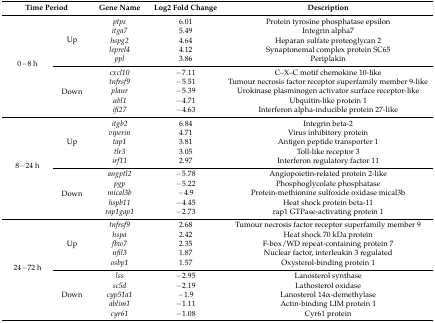
<table><thead><tr><td colspan="2"><b>Time Period</b></td><td><b>Gene Name</b></td><td><b>Log2 Fold Change</b></td><td><b>Description</b></td></tr></thead><tbody><tr><td rowspan="10">0−8 h</td><td rowspan="5">Up</td><td><i>ptp</i><i>ε</i></td><td>6.01</td><td>Protein tyrosine phosphatase epsilon</td></tr><tr><td><i>itga7</i></td><td>5.49</td><td>Integrin alpha7</td></tr><tr><td><i>hspg2</i></td><td>4.64</td><td>Heparan sulfate proteoglycan 2</td></tr><tr><td><i>leprel4</i></td><td>4.12</td><td>Synaptonemal complex protein SC65</td></tr><tr><td><i>ppl</i></td><td>3.86</td><td>Periplakin</td></tr><tr><td rowspan="5">Down</td><td><i>cxcl10</i></td><td>−7.11 </td><td>C–X–C motif chemokine 10-like</td></tr><tr><td><i>tnfrsf9</i></td><td>−5.51 </td><td>Tumour necrosis factor receptor superfamily member 9-like</td></tr><tr><td><i>plaur</i></td><td>−5.39 </td><td>Urokinase plasminogen activator surface receptor-like</td></tr><tr><td><i>ubl1</i></td><td>−4.71 </td><td>Ubquitin-like protein 1</td></tr><tr><td><i>ifi27</i></td><td>−4.63 </td><td>Interferon alpha-inducible protein 27-like</td></tr><tr><td rowspan="10">8−24 h</td><td rowspan="5">Up</td><td><i>itgb2</i></td><td>6.84</td><td>Integrin beta-2</td></tr><tr><td><i>viperin</i></td><td>4.71</td><td>Virus inhibitory protein</td></tr><tr><td><i>tap1</i></td><td>3.81</td><td>Antigen peptide transporter 1</td></tr><tr><td><i>tlr3</i></td><td>3.05</td><td>Toll-like receptor 3</td></tr><tr><td><i>irf11</i></td><td>2.97</td><td>Interferon regulatory factor 11</td></tr><tr><td rowspan="5">Down</td><td><i>angptl2</i></td><td>−5.78</td><td>Angiopoietin-related protein 2-like</td></tr><tr><td><i>pgp</i></td><td>−5.22</td><td>Phosphoglycolate phosphatase</td></tr><tr><td><i>mical3b</i></td><td>−4.9</td><td>Protein-methionine sulfoxide oxidase mical3b</td></tr><tr><td><i>hspb11</i></td><td>−4.45</td><td>Heat shock protein beta-11</td></tr><tr><td><i>rap1gap1</i></td><td>−2.73</td><td>rap1 GTPase-activating protein 1</td></tr><tr><td rowspan="10">24−72 h</td><td rowspan="5">Up</td><td><i>tnfrsf9</i></td><td>2.68</td><td>Tumour necrosis factor receptor superfamily member 9</td></tr><tr><td><i>hspa</i></td><td>2.42</td><td>Heat shock 70 kDa protein</td></tr><tr><td><i>fbw7</i></td><td>2.35</td><td>F-box/WD repeat-containing protein 7</td></tr><tr><td><i>nfil3</i></td><td>1.87</td><td>Nuclear factor, interleukin 3 regulated</td></tr><tr><td><i>osbp1</i></td><td>1.57</td><td>Oxysterol-binding protein 1</td></tr><tr><td rowspan="5">Down</td><td><i>lss</i></td><td>−2.95</td><td>Lanosterol synthase</td></tr><tr><td><i>sc5d</i></td><td>−2.19</td><td>Lathosterol oxidase</td></tr><tr><td><i>cyp51a1</i></td><td>−1.9</td><td>Lanosterol 14α-demethylase </td></tr><tr><td><i>ablim1</i></td><td>−1.11</td><td>Actin-binding LIM protein 1</td></tr><tr><td><i>cyr61</i></td><td>−1.08</td><td>Cyr61 protein</td></tr></tbody></table>